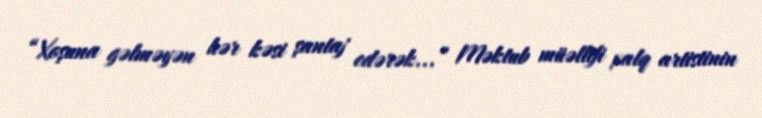
“Xoşuna gəlməyən hər kəsi şantaj edərək...” Məktub müəllifi xalq artistinin